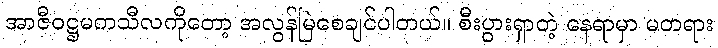
အာဇီဝဋ္ဌမကသီလကိုတော့ အလွန်မြဲစေချင်ပါတယ်။ စီးပွားရှာတဲ့ နေရာမှာ မတရား